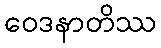
ဝေဒနာတိဿ